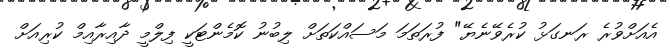
އެއަށްވުރެ ރަނގަޅު ކުރެވޭނެޔޭ" ފުރަތަމަ މަސައްކަތަށް ލިބުނު ކޮމެންޓަކީ ފިލްމީ ދާއިރާއިމް ކުރިއަށް